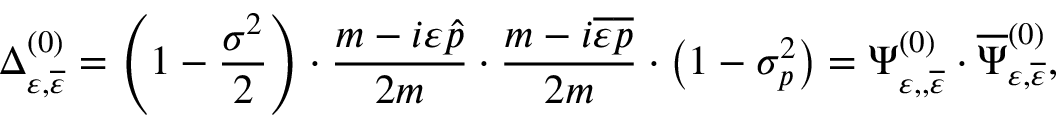
\Delta _ { \varepsilon , \overline { { { \varepsilon } } } } ^ { ( 0 ) } = \left( 1 - \frac { \sigma ^ { 2 } } 2 \right) \cdot \frac { m - i \varepsilon \widehat { p } } { 2 m } \cdot \frac { m - i \overline { { { \varepsilon } } } \overline { { { p } } } } { 2 m } \cdot \left( 1 - \sigma _ { p } ^ { 2 } \right) = \Psi _ { \varepsilon , , \overline { { { \varepsilon } } } } ^ { ( 0 ) } \cdot \overline { { { \Psi } } } _ { \varepsilon , \overline { { { \varepsilon } } } } ^ { ( 0 ) } ,